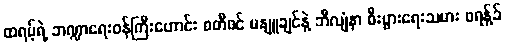
ထရမ့်ရဲ့ ဘဏ္ဍာရေးဝန်ကြီးဟောင်း စတီဖင် မနျူချင်နဲ့ ဘီလျံနာ စီးပွားရေးသမား ဖရန့်ခ်